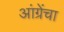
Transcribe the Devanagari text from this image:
आंग्रेंचा